Report on lock hospitals in British Burma
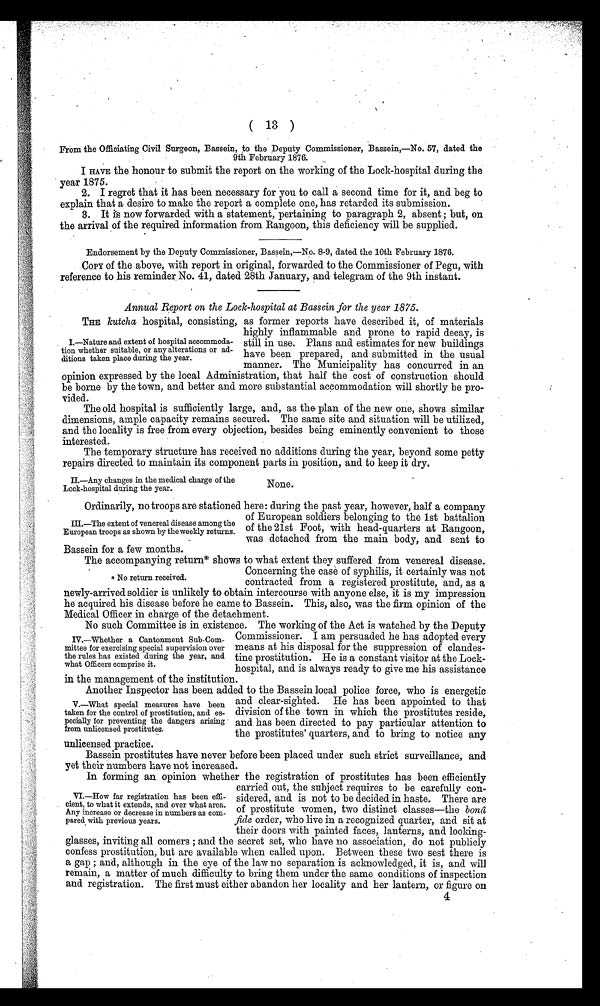
( 13 )
From the Officiating Civil. Surgeon, Bassein, to the Deputy Commissioner, Bassein,—No. 57, dated the
9th February 1876.
I HAVE the honour to submit the report on the working of the Lock-hospital during the
year 1875.
2. I regret that it has been necessary for you to call a second time for it, and beg to
explain that a desire to make the report a complete one, has retarded its submission.
3. It is now forwarded with a statement, pertaining to paragraph 2, absent ; but, on
the arrival of the required information from Rangoon, this deficiency will be supplied.
Endorsement by the Deputy Commissioner, Bassein,—No. 8-9, dated the 10th February 1876.
COPY of the above, with report in original, forwarded to the Commissioner of Pegu, with
reference to his reminder. No. 41, dated. 28th January, and telegram of the 9th instant.
Annual Report on the Lock-hospital at Bassein for the year 1875.
THE kutcha hospital, consisting, as former reports have described it, of materials
highly inflammable and prone to rapid decay, is
still in use. Plans and estimates for new buildings
have been prepared, and submitted in the usual
manner. The Municipality has concurred in an
opinion expressed by the local Administration, that half the cost of construction should
be borne by the town, and better and more substantial accommodation will shortly be pro-
vided.
The old hospital is sufficiently large, and, as the . plan of the new one, shows similar
dimensions, ample capacity remains secured. The same site and situation will be utilized,
and the locality is free from every objection, besides being eminently convenient to those
interested.
The temporary structure has received no additions during the year, beyond some petty
repairs directed to maintain its component parts in position, and to keep it dry.
I.—Nature and extent of hospital accommoda.
tion whether suitable, or any alterations or ad.
ditions taken place during the year.
II—Any changes in the medical charge of the
Lock-hospital during the year.
None.
Ordinarily, no troops are stationed here: during the past year, however, half a company
of European soldiers belonging to the 1st battalion
of the 21st Foot, with head-quarters at Rangoon,
was detached from the main body, and sent to
III.—The extent of venereal disease among the
European troops as shown by the weekly returns.
Bassein for a few months.
The accompanying return* shows to what extent they suffered from venereal disease.
Concerning the case of syphilis, it certainly was not
contracted from a registered prostitute, and, as a
newly-arrived soldier is unlikely to obtain intercourse with anyone else, it is my impression
he acquired his disease before he came to Bassein. This, also, was the firm opinion of the
Medical Officer in charge of the detachment.
No such Committee is in existence. The working of the Act is watched by the Deputy
Commissioner. I am persuaded he has adopted every
means at his disposal for the suppression of clandes-
tine prostitution. He is a constant visitor at the Lock-
hospital, and is always ready to give me his assistance
in the management of the institution.
Another Inspector has been added to the Bassein local police force, who is energetic
and clear-sighted. He has been appointed to that
division of the town in which the prostitutes reside,
and has been directed to pay particular attention to
the prostitutes' quarters, and to bring to notice any
unlicensed practice.
Bassein prostitutes have never before been placed under such strict surveillance, and
yet their numbers have not increased.
In forming an opinion whether the registration of prostitutes has been efficiently
carried out, the subject requires to be carefully con-
sidered, and is not to be decided in haste. There are
of prostitute women, two distinct classes—the bona
fide order, who live in a recognized quarter, and sit at
their doors with painted faces, lanterns, and looking-
glasses, inviting all comers ; and the secret set, who have no association, do not publicly
confess prostitution, but are available when called upon. Between these two sest there is
a gap ; and, although in the eye of the law no separation is acknowledged, it is, and will
remain, a matter of much difficulty to bring them under the same conditions of inspection
and registration. The first must either abandon her locality and her lantern, or figure on
4
* No return received.
IV.—Whether a Cantonment Sub-Com-
mittee for exercising special supervision over
the rules has existed during the year, and
what Officers comprise it.
V.—What special measures have been
taken for the control of prostitution, and es-
pecially for preventing the dangers arising
from unlicensed. prostitutes.
VI.—How far registration has been effi-
cient, to what it extends, and over what area.
Any increase or decrease in numbers as com-
pared with previous years.